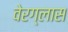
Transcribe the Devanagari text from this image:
वेरग्लास